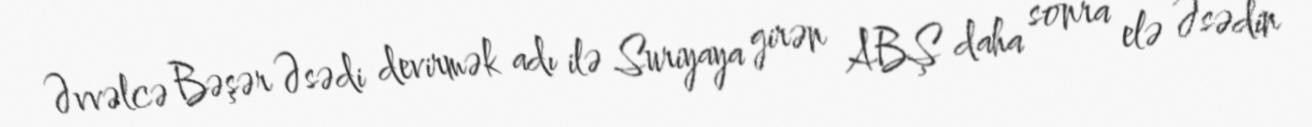
Əvvəlcə Bəşər Əsədi devirmək adı ilə Suriyaya girən ABŞ daha sonra elə Əsədin